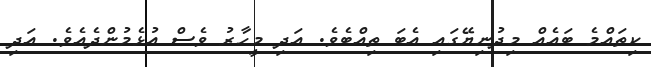
ކިތައްމެ ބައެއް މިދުނިޔޭގައި އެބަ ތިއްބެވެ. އަދި މީހާރު ވެސް އުޅެމުންދެއެވެ. އަދި